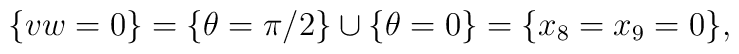
\{v w=0\}=\{\theta=\pi/2\}\cup\{\theta=0\}=\{x_8=x_9=0\},